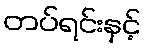
တပ်ရင်းနှင့်